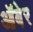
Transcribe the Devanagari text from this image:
ऑबेर